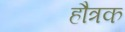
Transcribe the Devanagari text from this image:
हौत्रक